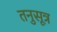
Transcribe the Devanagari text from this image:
तनुसूत्र